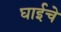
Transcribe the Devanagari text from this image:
घाईचे